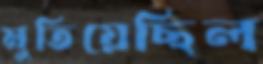
মুতিয়েছিল